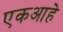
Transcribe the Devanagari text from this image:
एकआहे